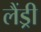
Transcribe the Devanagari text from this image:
लैंड्री